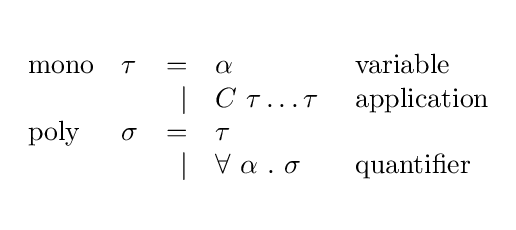
{\begin{array}{llrll}\\{\textrm {mono}}&\tau &=&\alpha &\ {\textrm {variable}}\\&&\vert &C\ \tau \dots \tau &\ {\textrm {application}}\\{\textrm {poly}}&\sigma &=&\tau \\&&\vert &\forall \ \alpha \ .\ \sigma &\ {\textrm {quantifier}}\\\\\end{array}}